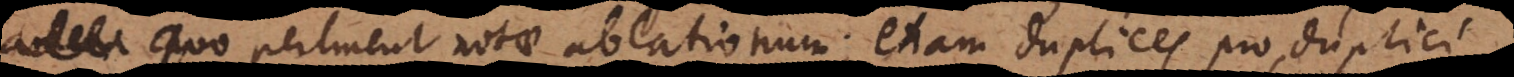
quo pertinent notae ablationum, etiam duplices pro duplici